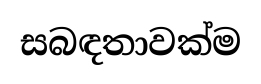
සබඳතාවක්ම